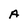
Character: A